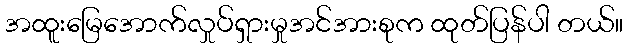
အထူးမြေအောက်လှုပ်ရှားမှုအင်အားစုက ထုတ်ပြန်ပါ တယ်။